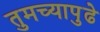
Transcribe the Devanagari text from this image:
तुमच्यापुढे